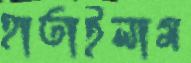
হাতাইলাম